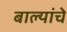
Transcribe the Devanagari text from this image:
बाल्यांचे